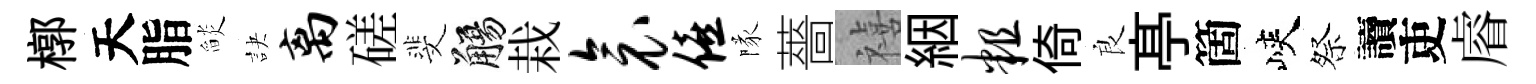
槨天脂𦦨訣离磋斐觴栽衾僖隊薔禧絪粗倚良𠅘箇峽祭讀吏𥈠